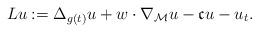
LaTeX: \begin{align*}Lu := \Delta_{g(t)} u + w \cdot \nabla_\mathcal{M} u - \mathfrak{c} u - u_t.\end{align*}